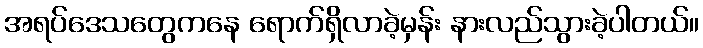
အရပ်ဒေသတွေကနေ ရောက်ရှိလာခဲ့မှန်း နားလည်သွားခဲ့ပါတယ်။